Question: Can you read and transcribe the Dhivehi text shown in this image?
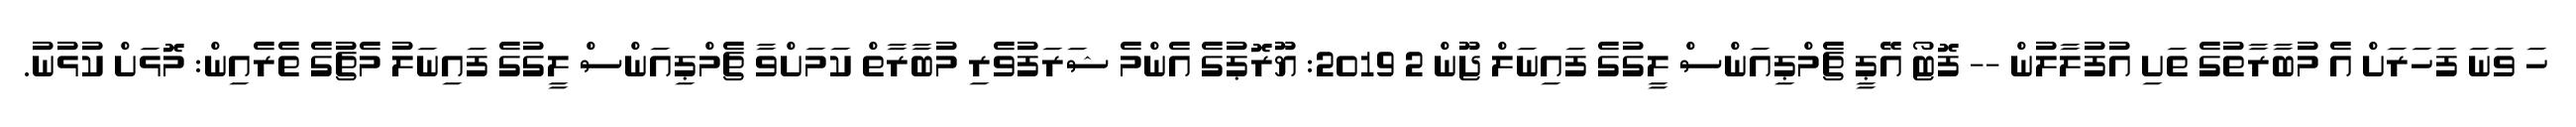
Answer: ހަ ވަނަ ފަހަރަށް އެ މުބާރާތުގެ ތަށި އުފުލާލުން -- ފޮޓޯ އޭޕީ ޗެމްޕިއަންސް ލީގުގެ ފައިނަލް ޖޫން 2 2019: ޔޫރޮޕުގެ އެންމެ ޝަރަފުވެރި މުބާރާތް ކަމަށްވާ ޗެމްޕިއަންސް ލީގުގެ ފައިނަލު މެޗުގެ ތެރެއިން: މޮޅަށް ކުޅުނު.